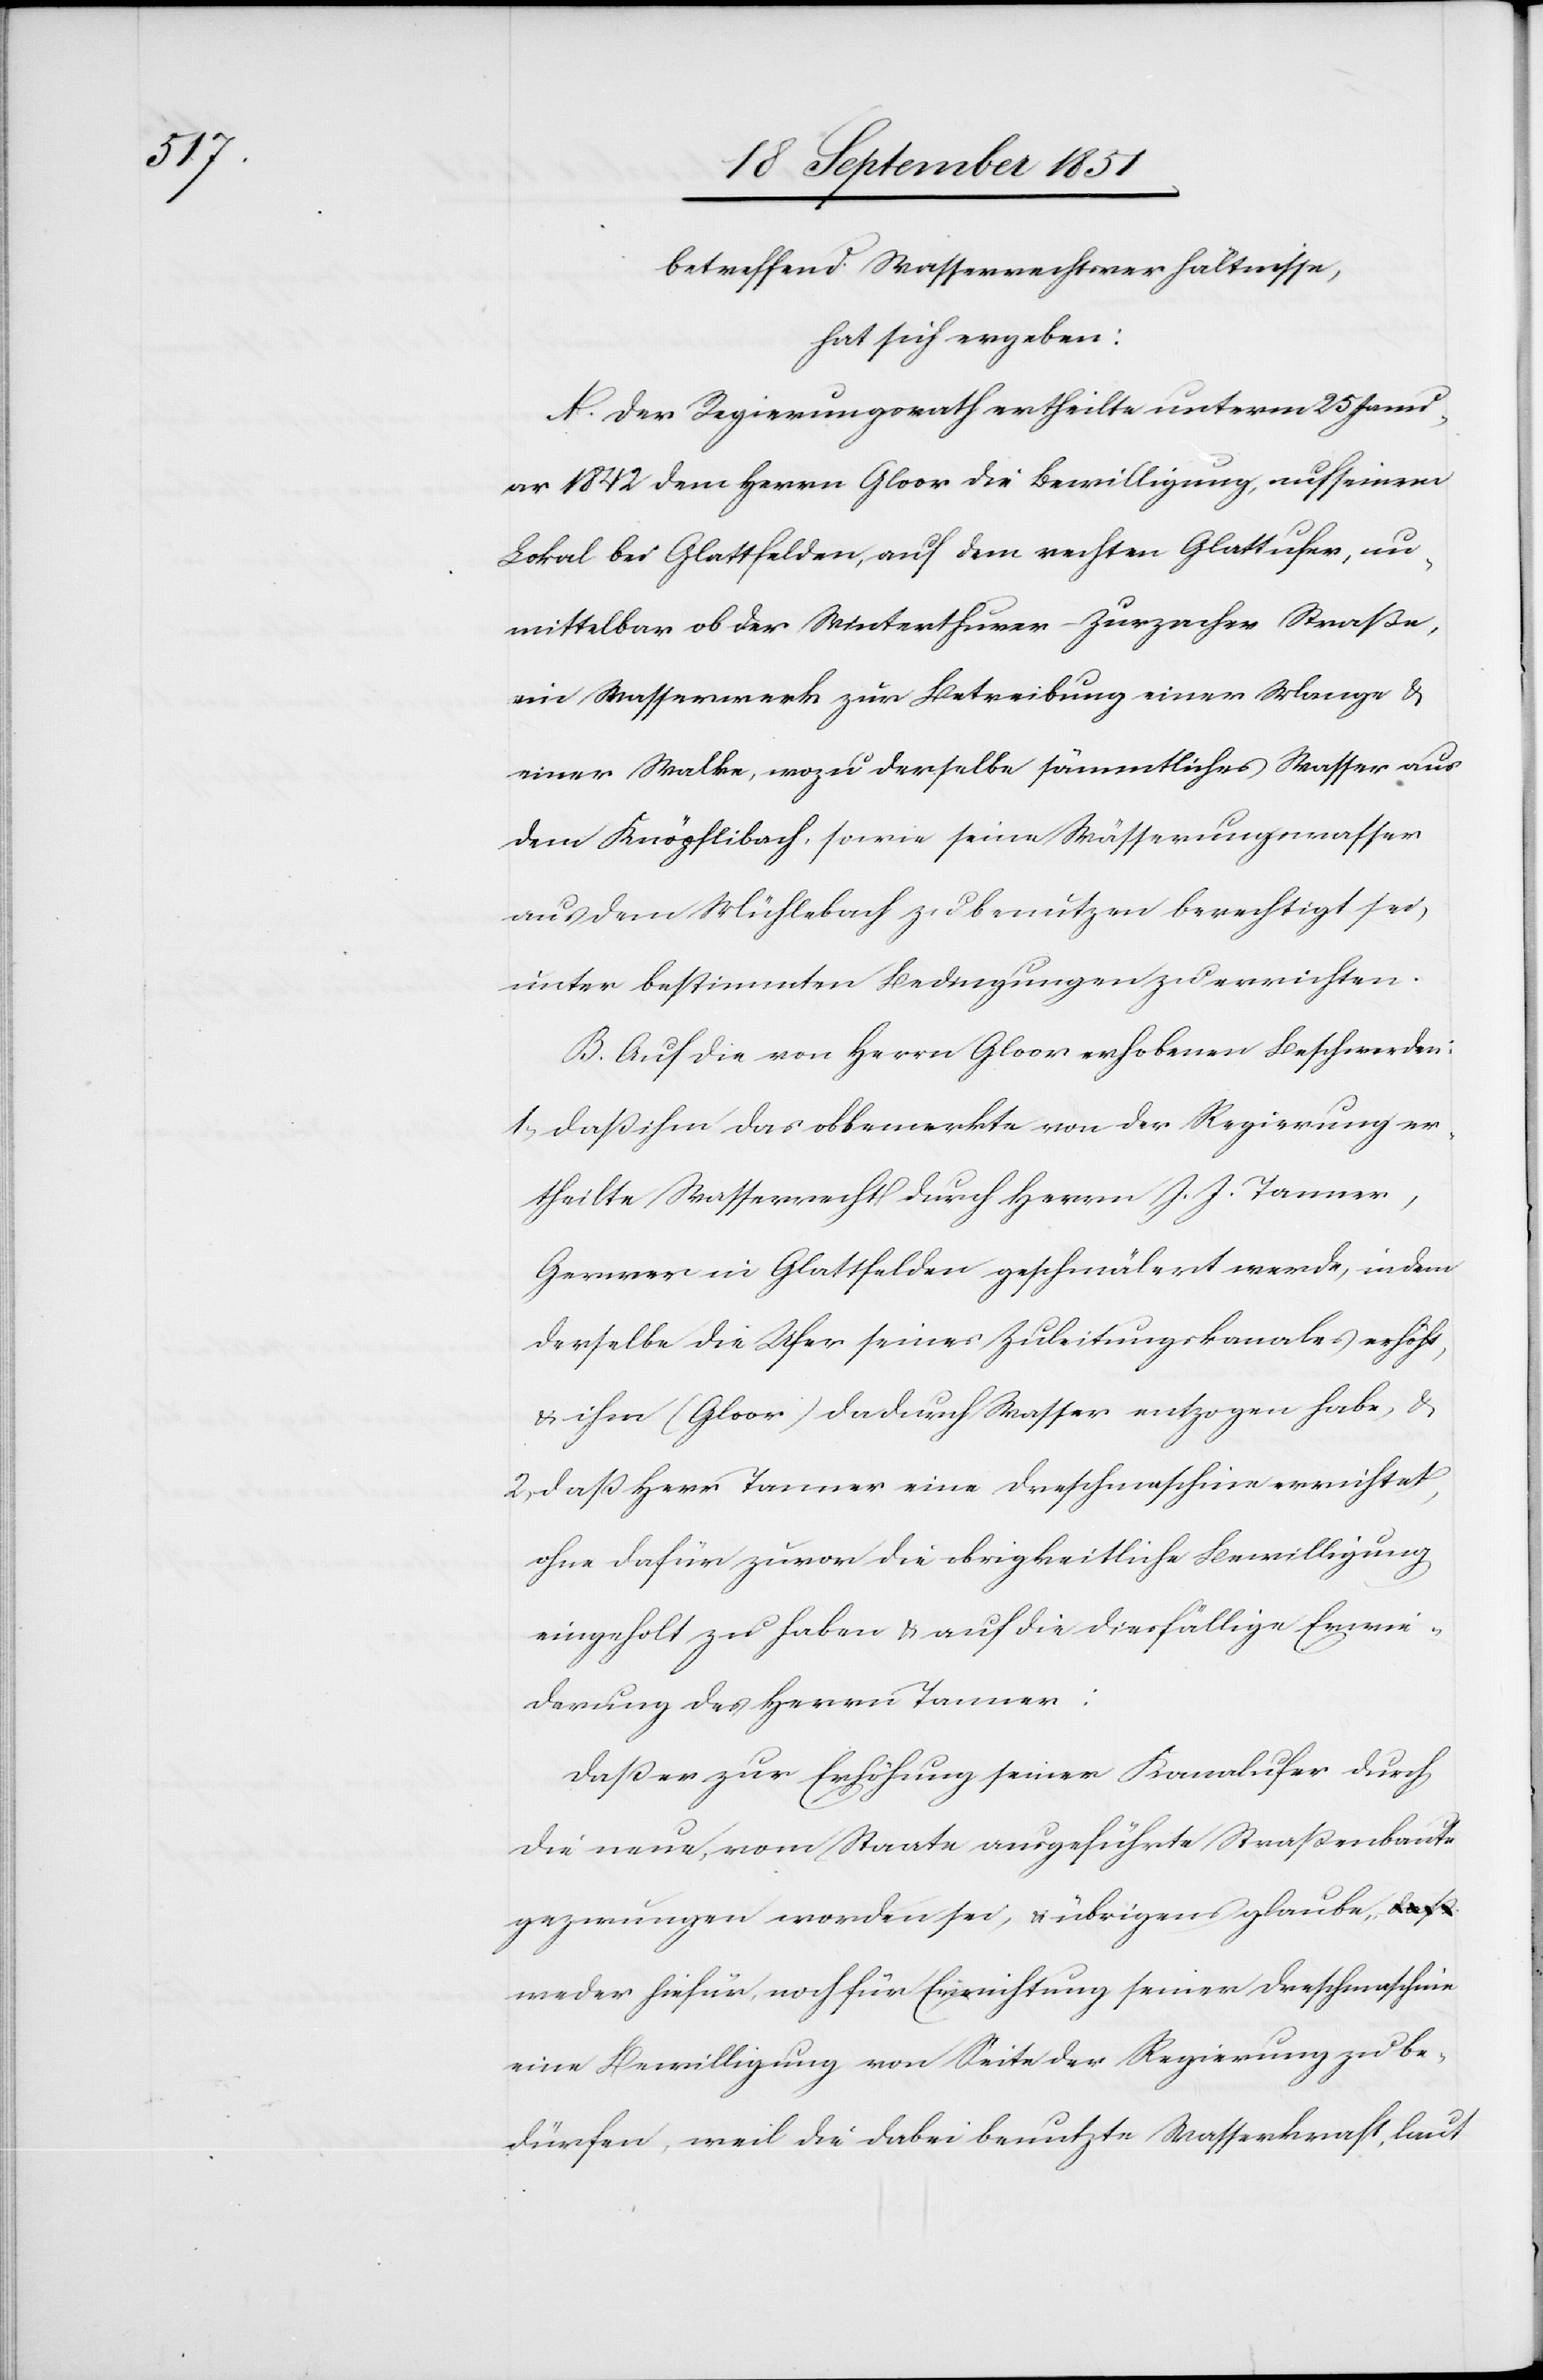
betreffend Wasserrechtsverhältnisse,
hat sich ergeben:
A. Der Regierungsrath ertheilte unterm 25 Janu¬
ar 1842 dem Herrn Gloor die Bewilligung, auf seinem
Lokal bei Glattfelden, auf dem rechten Glattufer, un¬
mittelbar ob der Winterthurer-Zurzacher Straße,
ein Wasserwerk zur Betreibung einer Mange &
einer Walke, wozu derselbe sämmtliches Wasser aus
dem Knöpflibach, sowie seine Wässerungswasser
aus dem Mühlebach zu benutzen berechtigt sei,
unter bestimmten Bedingungen zu errichten.
B. Auf die von Herrn Glorr erhobenen Beschwerden:
daß ihm das obbemerkte von der Regierung er¬
theilte Wasserrecht durch Herrn J. J. Tanner,
Gerwer in Glattfelden geschmälert werde, indem
derselbe die Ufer seines Zuleitungskanales erhöht,
& ihm (Gloor) dadurch Wasser entzogen habe, &
daß Herr Tanner eine Dreschmaschine errichtet,
ohne dafür zuvor die obrigkeitliche Bewilligung
eingeholt zu haben & auf die diesfällige Erwie¬
derung des Herrn Tanner:
Daß er zur Erhöhung seiner Kanalufer durch
die neue, vom Staate ausgeführte Straßenbaute
gezwungen worden sei, & übrigens glaube,
weder hiefür, noch für Errichtung seiner Dreschmaschine
eine Bewilligung von Seite der Regierung zu be¬
dürfen, weil die dabei benutzte Wasserkraft, laut